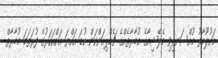
މައުލޫމާތު މުއްސަނދިވި މެލޭޝިއާގެ މުބާރާތެއްގެ ޗެމްޕިއަންކަން ކުޑަ އައްޔަ އަށްއަހަރުގެ ފުރަތަަމަ މުބާރާތް